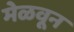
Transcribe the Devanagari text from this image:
मेळवून